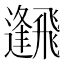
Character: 𩙹